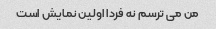
من می ترسم نه فردا اولین نمایش است